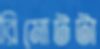
রিমোটটা